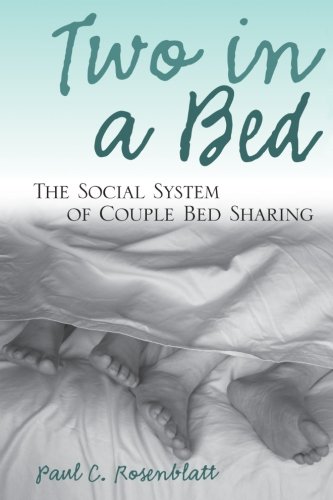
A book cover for Two in a Bed: The Social System of Couple Bed Sharing; Paul C. Rosenblatt; Politics & Social Sciences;